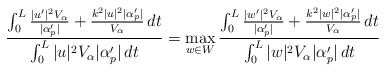
\begin{align*}\frac{\int_0^L \frac{|u'|^2 V_{\alpha}}{|\alpha_p'|} + \frac{k^2 |u|^2 | \alpha_p'|}{V_{\alpha}} \,dt}{\int_0^L |u|^2 V_\alpha |\alpha_p'| \,dt}= \max_{w \in W} \frac{\int_0^L \frac{|w'|^2 V_{\alpha}}{|\alpha_p'|} + \frac{k^2 |w|^2 | \alpha_p'|}{V_{\alpha}} \,dt}{\int_0^L |w|^2 V_\alpha |\alpha_p'| \,dt}\end{align*}